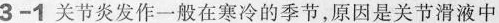
3-1关节炎发作一般在寒冷的季节，原因是关节滑液中